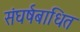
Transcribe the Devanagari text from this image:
संघर्षबाधित